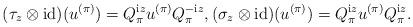
LaTeX: \begin{align*}(\tau_z\otimes \mathrm{id})(u^{(\pi)})=Q_\pi ^{\mathrm{i}z}u^{(\pi)}Q_\pi ^{-\mathrm{i}z},(\sigma_z\otimes \mathrm{id})(u^{(\pi)})=Q_\pi ^{\mathrm{i}z}u^{(\pi)}Q_\pi ^{\mathrm{i}z}. \end{align*}